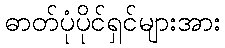
ဓာတ်ပုံပိုင်ရှင်များအား